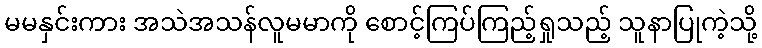
မမနှင်းကား အသဲအသန်လူမမာကို စောင့်ကြပ်ကြည့်ရှုသည့် သူနာပြုကဲ့သို့